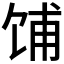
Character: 𫗦